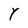
Character: Y